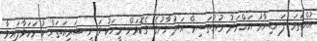
އުއްތަމަ ފަނޑިޔާރު އަހްމަދު މުއުތަސިމް އަދުނާނުގެ ގެކޮޅަށް މީހަކު ވަނީ ޝަރީއަތަށް ހުށަހަޅާފައިވާ